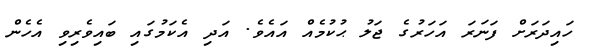
ހައިދަރަށް ފަނަރަ އަހަރުގެ ޖަލު ޙުކުމެއް އައެވެ. އަދި އެކަމުގައި ބައިވެރިވި އެހެން